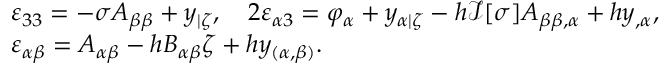
\begin{array} { r l } & { \varepsilon _ { 3 3 } = - \sigma A _ { \beta \beta } + y _ { | \zeta } , \quad 2 \varepsilon _ { \alpha 3 } = \varphi _ { \alpha } + y _ { \alpha | \zeta } - h \mathcal { I } [ \sigma ] A _ { \beta \beta , \alpha } + h y _ { , \alpha } , } \\ & { \varepsilon _ { \alpha \beta } = A _ { \alpha \beta } - h B _ { \alpha \beta } \zeta + h y _ { ( \alpha , \beta ) } . } \end{array}